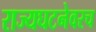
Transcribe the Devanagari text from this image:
राज्यघटनेवरच